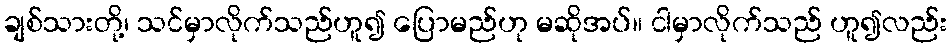
ချစ်သားတို့၊ သင်မှာလိုက်သည်ဟူ၍ ပြောမည်ဟု မဆိုအပ်။ ငါမှာလိုက်သည် ဟူ၍လည်း